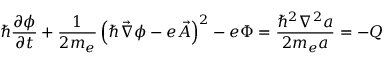
\hbar \frac { \partial \phi } { \partial t } + \frac { 1 } { 2 m _ { e } } \left( \hbar \vec { \nabla } \phi - e \vec { A } \right) ^ { 2 } - e \Phi = \frac { \hbar ^ { 2 } \nabla ^ { 2 } a } { 2 m _ { e } a } = - Q